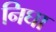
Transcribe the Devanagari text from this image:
निघा